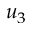
u _ { 3 }